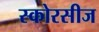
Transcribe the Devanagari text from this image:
स्कोरसीज